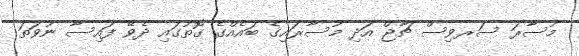
މުސާރަ ސަރވިސް ޗާޖް އަދި މުސާރައިގެ ބައެއްގެ ގޮތުގައި ދެވޭ ފައިސާ ނުވަތަ